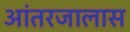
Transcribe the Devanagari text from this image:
आंतरजालास